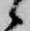
候